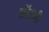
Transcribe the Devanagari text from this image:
प्रॉयरी